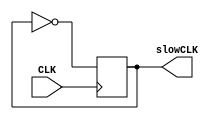
module clock_splitter(
    input CLK,
	 output reg slowCLK
    );
	 
	 initial
		slowCLK <= 0;

	always @ (posedge CLK)
		slowCLK <= ~slowCLK;

endmodule